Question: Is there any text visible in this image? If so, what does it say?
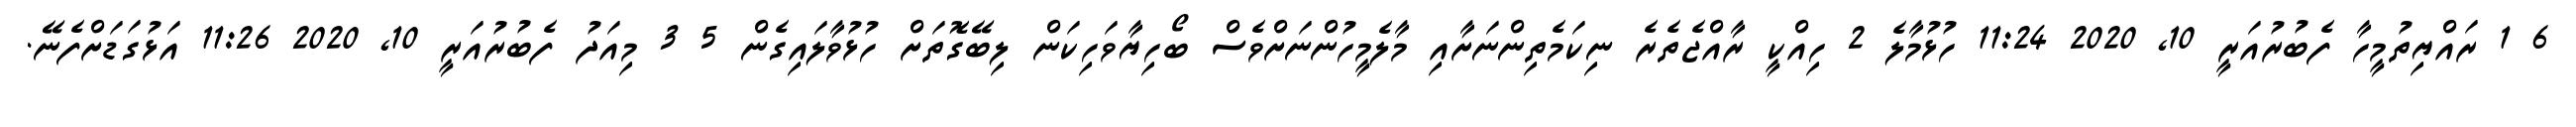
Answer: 6 1 ރައްޔިތުމީހާ ފެބުރުއަރީ 10, 2020 11:24 ހުޅުމާލެ 2 ހިއްކީ ރާއްޖެތެރެ ނިކަމެތިންނަށާއި މާލެމީހުންނަށްވެސް ބޯހިޔާވަހިކަން ލިބޭގޮތަށް ހުޅުވާލައިގެން 5 3 މިއަދު ފެބުރުއަރީ 10, 2020 11:26 އަޅުގަޑަށްފެނޭ.